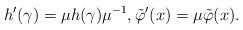
LaTeX: \begin{align*}h'(\gamma) = \mu h(\gamma) \mu^{-1},\tilde\varphi'(x) = \mu \tilde\varphi(x).\end{align*}